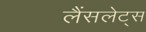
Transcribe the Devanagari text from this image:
लैंसलेट्स